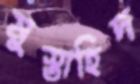
মুস্তাহিদ